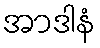
အာဒါနံ